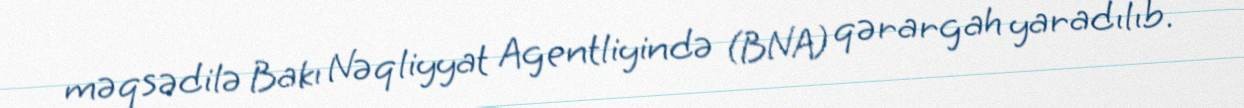
məqsədilə Bakı Nəqliyyat Agentliyində (BNA) qərargah yaradılıb.